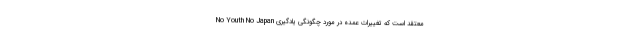
No Youth No Japan معتقد است که تغییرات عمده در مورد چگونگی یادگیری